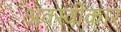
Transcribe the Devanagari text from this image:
अवस्वीकार